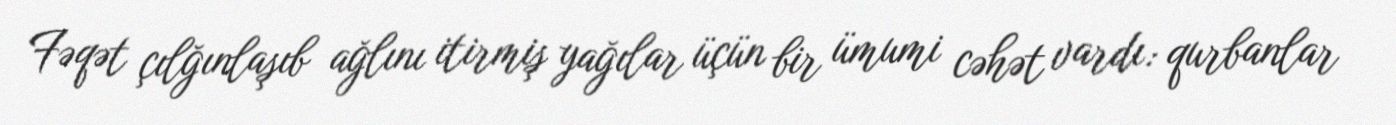
Fəqət çılğınlaşıb ağlını itirmiş yağılar üçün bir ümumi cəhət vardı: qurbanlar